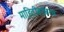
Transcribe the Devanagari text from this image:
माहितीबरोबरच